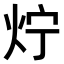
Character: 𤆼